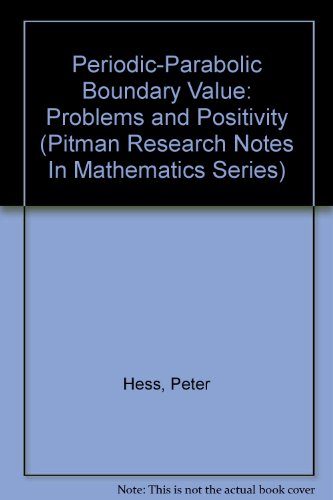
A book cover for Periodic-Parabolic Boundary Value: Problems and Positivity (Pitman Research Notes in Mathematics Series); Peter Hess; Science & Math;